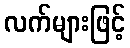
လက်များဖြင့်